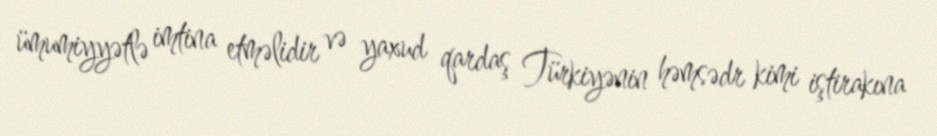
ümumiyyətlə imtina etməlidir və yaxud qardaş Türkiyənin həmsədr kimi iştirakına